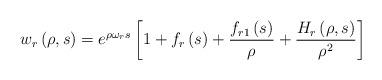
LaTeX: \begin{align*}w_r\left(\rho,s\right)=e^{\rho\omega_r s}\left[1+f_r\left(s\right)+\frac{f_{r1}\left(s\right)}{\rho}+\frac{H_r\left(\rho,s\right)}{\rho^2} \right]\end{align*}